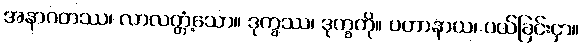
အနာဂတဿ၊ လာလတ္တံ့သော။ ဒုက္ခဿ၊ ဒုက္ခကို။ ပဟာနာယ၊ ပယ်ခြင်းငှာ။